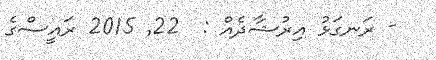
- ރަނގަޅު އިރުޝާދެއް :  22